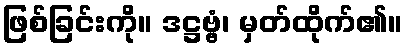
ဖြစ်ခြင်းကို။ ဒဋ္ဌဗ္ဗံ၊ မှတ်ထိုက်၏။